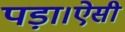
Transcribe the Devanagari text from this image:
पड़ा।ऐसी